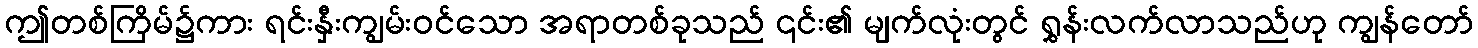
ဤတစ်ကြိမ်၌ကား ရင်းနှီးကျွမ်းဝင်သော အရာတစ်ခုသည် ၎င်း၏ မျက်လုံးတွင် ရွှန်းလက်လာသည်ဟု ကျွန်တော်